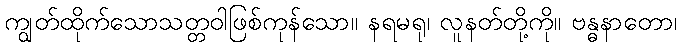
ကျွတ်ထိုက်သောသတ္တဝါဖြစ်ကုန်သော။ နရမရု၊ လူနတ်တို့ကို။ ဗန္ဓနာတော၊